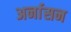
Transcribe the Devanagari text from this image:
अर्नासन